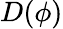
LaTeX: D(\phi)